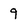
Character: 9